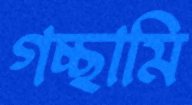
গচ্ছামি